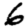
Digit: 6